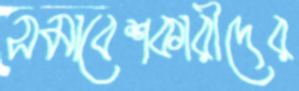
সমাবেশকারীদের